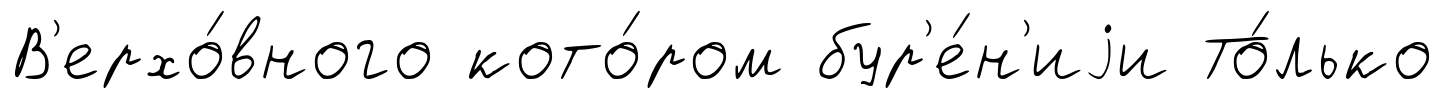
В'ерхо́вного кото́ром бур'е́н'иjи То́лько